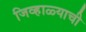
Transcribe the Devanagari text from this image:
जिव्हाळ्याची